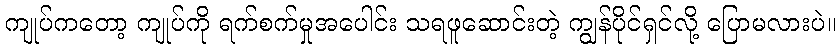
ကျုပ်ကတော့ ကျုပ်ကို ရက်စက်မှုအပေါင်း သရဖူဆောင်းတဲ့ ကျွန်ပိုင်ရှင်လို့ ပြောမလားပဲ။